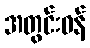
အတွင်းဝန်